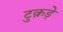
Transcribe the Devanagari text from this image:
टुक़ड़े